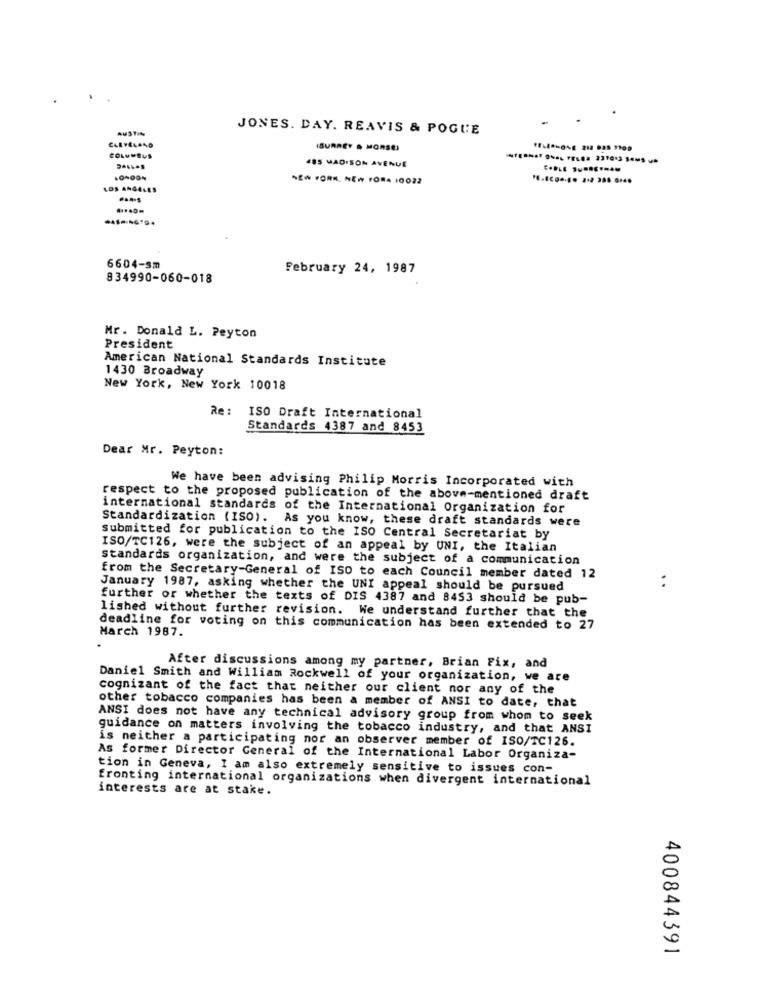
AUSTIN
JONES. DAY. REAVIS & POGUE
CLEVELAND
ISURREY . MORSE)
485 MADISON AVENUE
LONDON
NEW YORK, NEW TONA 10022
LOS ANGELES
6604-sm
February 24, 1987
834990-060-018
Mr. Donald L. Peyton
President
American National Standards Institute
1430 Broadway
New York, New York 10018
Re :
ISO Draft International
Standards 4387 and 8453
Dear Mr. Peyton:
We have been advising Philip Morris Incorporated with
respect to the proposed publication of the above-mentioned draft
international standards of the International Organization for
Standardization (ISO). As you know, these draft standards were
Submitted for publication to the ISO Central Secretariat by
ISO/TC126, were the subject of an appeal by UNI, the Italian
Standards organization, and were the subject of a communication
from the Secretary-General of ISO to each Council member dated 12
January 1987, asking whether the UNI appeal should be pursued
further or whether the texts of DIS 4387 and 8453 should be pub-
lished without further revision. We understand further that the
deadline for voting on this communication has been extended to 27
March 1987.
After discussions among my partner, Brian Fix, and
Daniel Smith and William Rockwell of your organization, we are
cognizant of the fact that neither our client nor any of the
other tobacco companies has been a member of ANSI to date, that
ANSI does not have any technical advisory group from whom to seek
guidance on matters involving the tobacco industry, and that ANSI
is neither a participating nor an observer member of ISO/TC126.
As former Director General of the International Labor Organiza-
tion in Geneva, I am also extremely sensitive to issues con-
fronting international organizations when divergent international
interests are at stake.
400844391